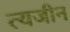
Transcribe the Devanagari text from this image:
त्यजीन